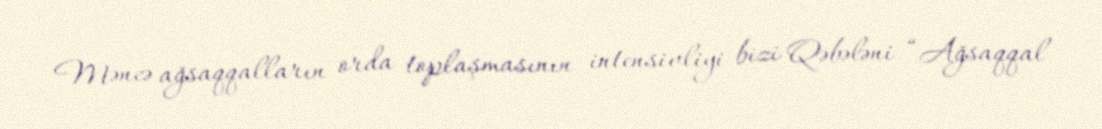
Məncə ağsaqqalların orda toplaşmasının intensivliyi bizi Qəbələni “Ağsaqqal